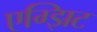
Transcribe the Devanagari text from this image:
एग्झिट